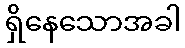
ရှိနေသောအခါ